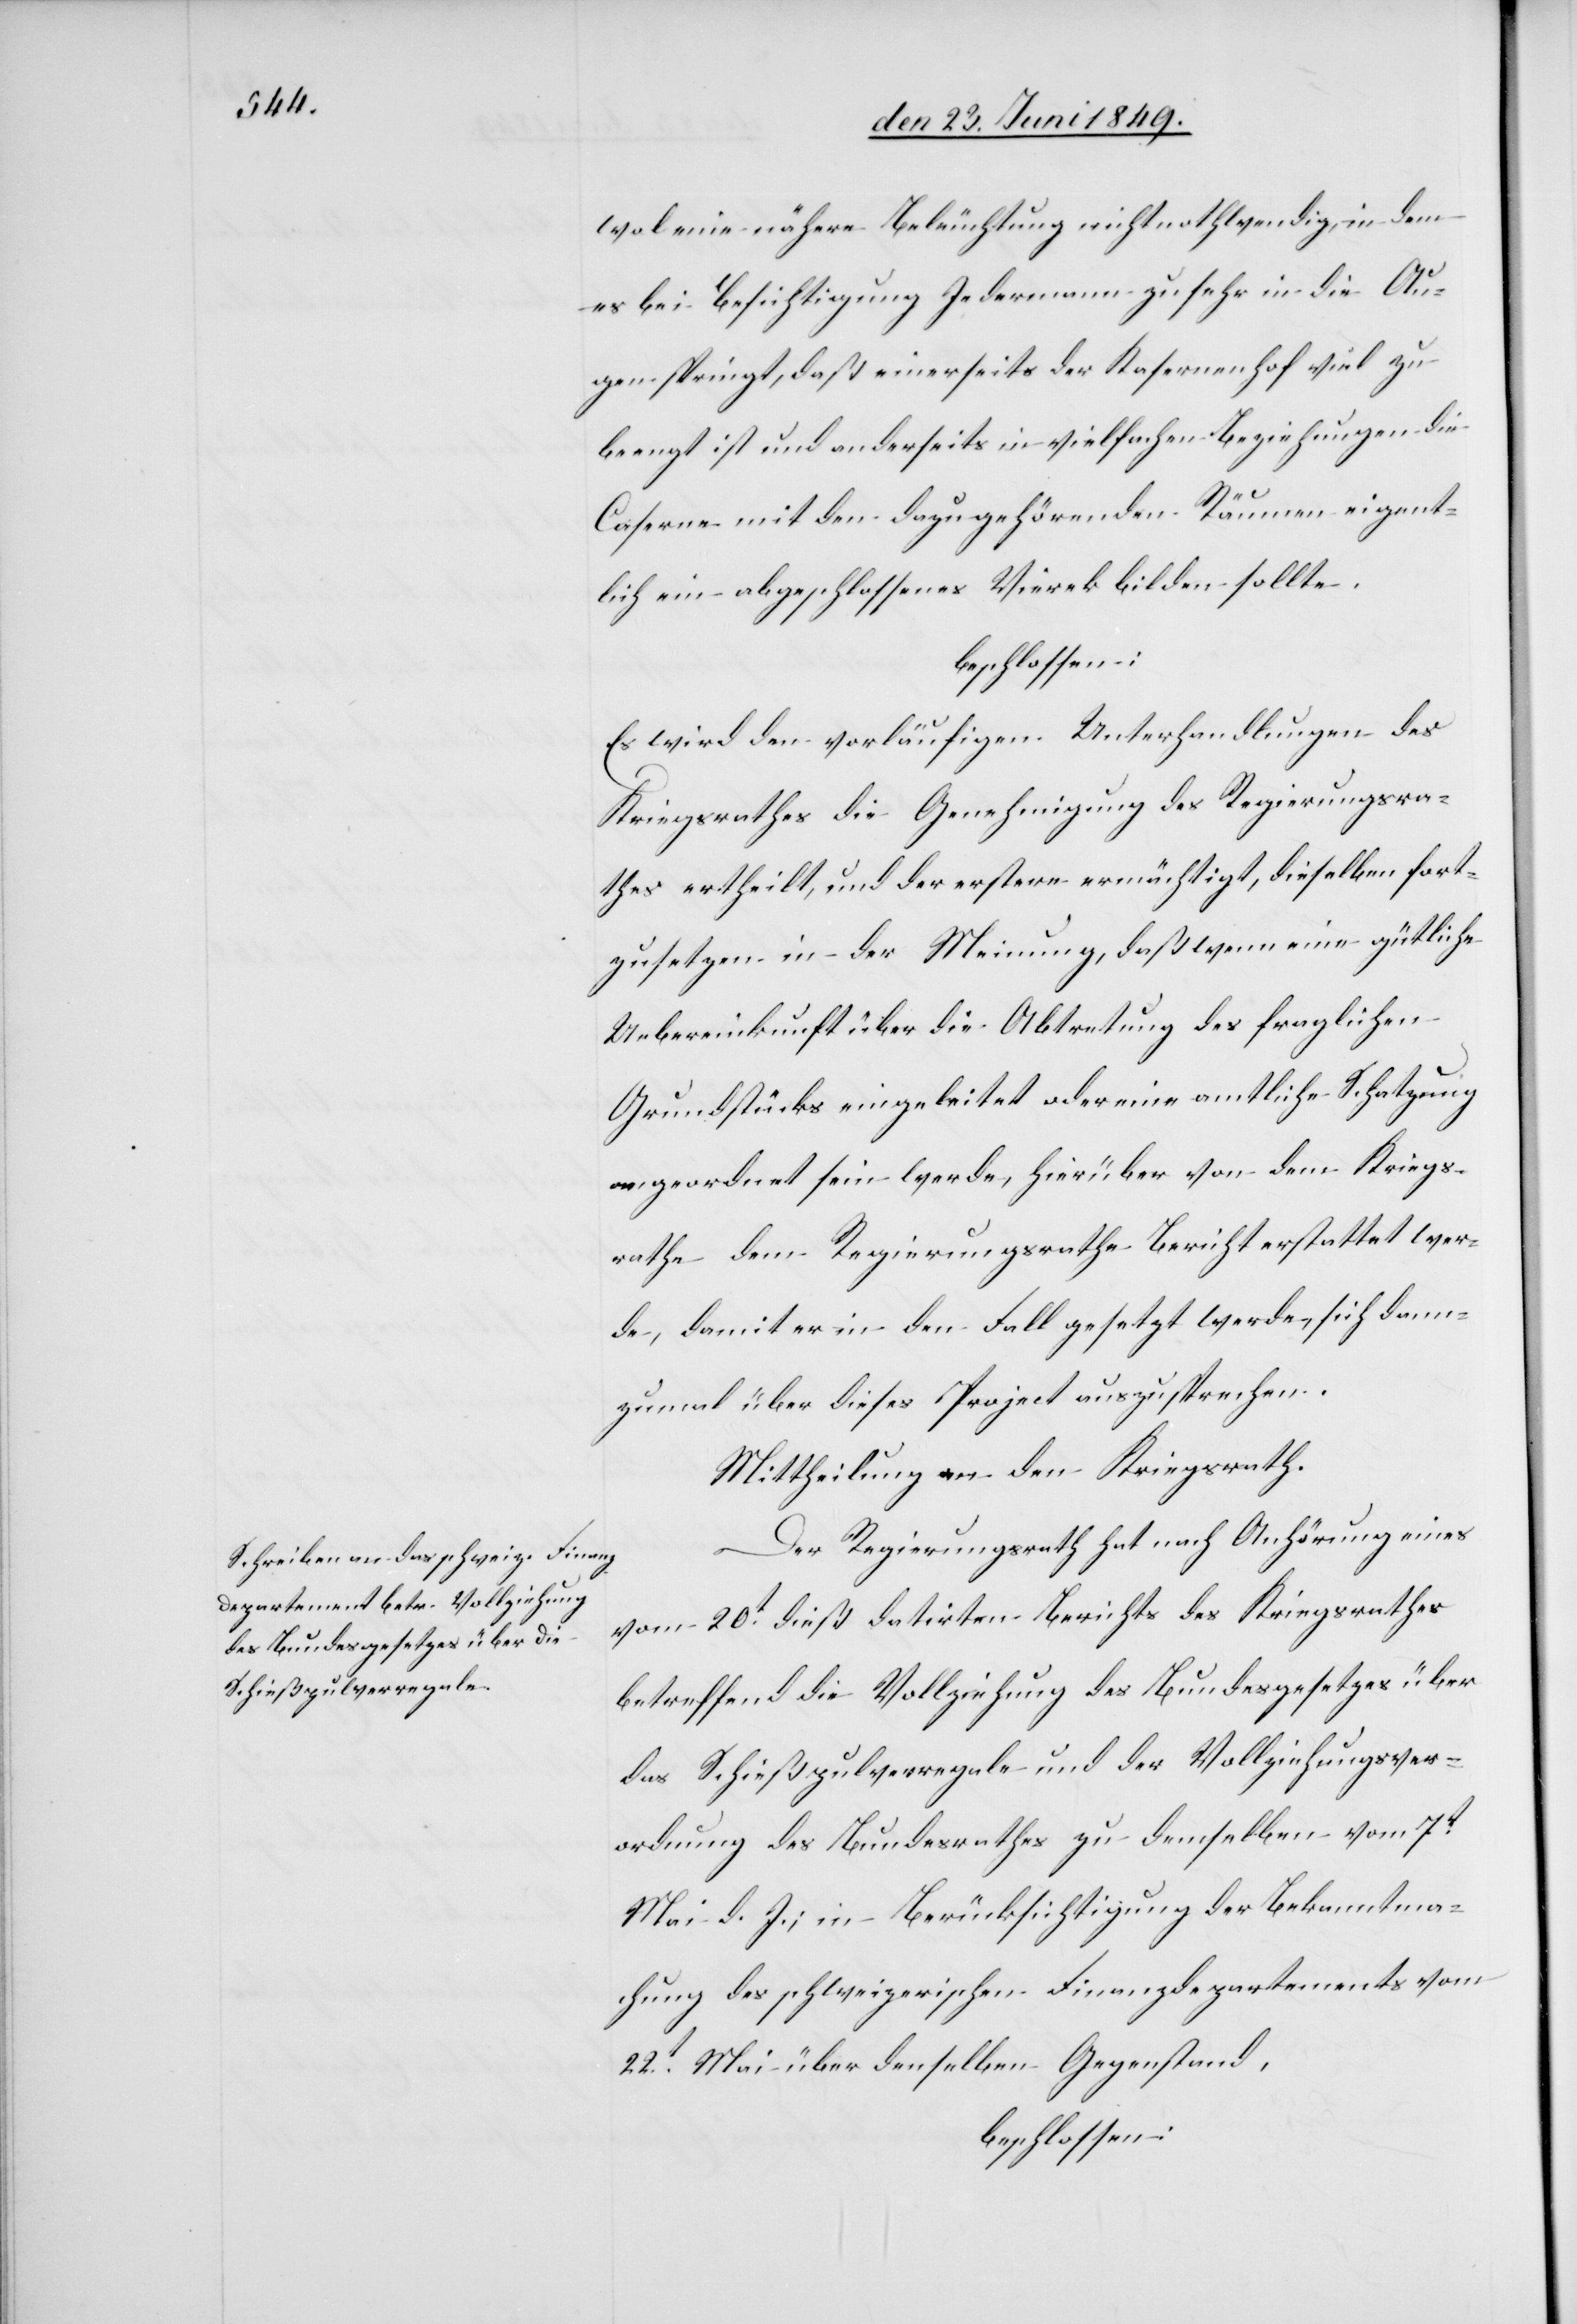
wol eine nähere Beleuchtung nicht nothwendig, in dem
es bei Besichtigung Jedermann zu sehr in die Au¬
gen springt, daß einerseits der Kasernenhof viel zu
beengt ist und anderseits in vielfachen Beziehungen die
Caserne mit den dazugehörenden Räumen eigent¬
lich ein abgeschlossenes Vierek bilden sollte.
beschlossen:
Es wird den vorläufigen Unterhandlungen des
Kriegsrathes die Genehmigung des Regierungsra¬
thes ertheilt, und der erstere ermächtigt, dieselben fort¬
zusetzen in der Meinung, daß wenn eine gütliche
Uebereinkunft über die Abtretung des fraglichen
Grundstücks eingeleitet oder eine amtliche Schatzung
angeordnet sein werde, hierüber von dem Kriegs¬
rathe dem Regierungsrathe Bericht erstattet wer¬
de, damit er in den Fall gesetzt werde, sich dann¬
zumal über dieses Project auszusprechen.
Mittheilung an den Kriegsrath.
Der Regierungsrath hat nach Anhörung eines
vom 20t dieß datirten Berichts des Kriegsrathes
betreffend die Vollziehung des Bundesgesetzes über
das Schießpulverregale und der Vollziehungsver¬
ordnung des Bundesraths zu demselben vom 7t
Mai d. J.; in Berücksichtigung der Bekanntma¬
chung des schweizerischen Finanzdepartements vom
22t Mai über denselben Gegenstand,
beschlossen: